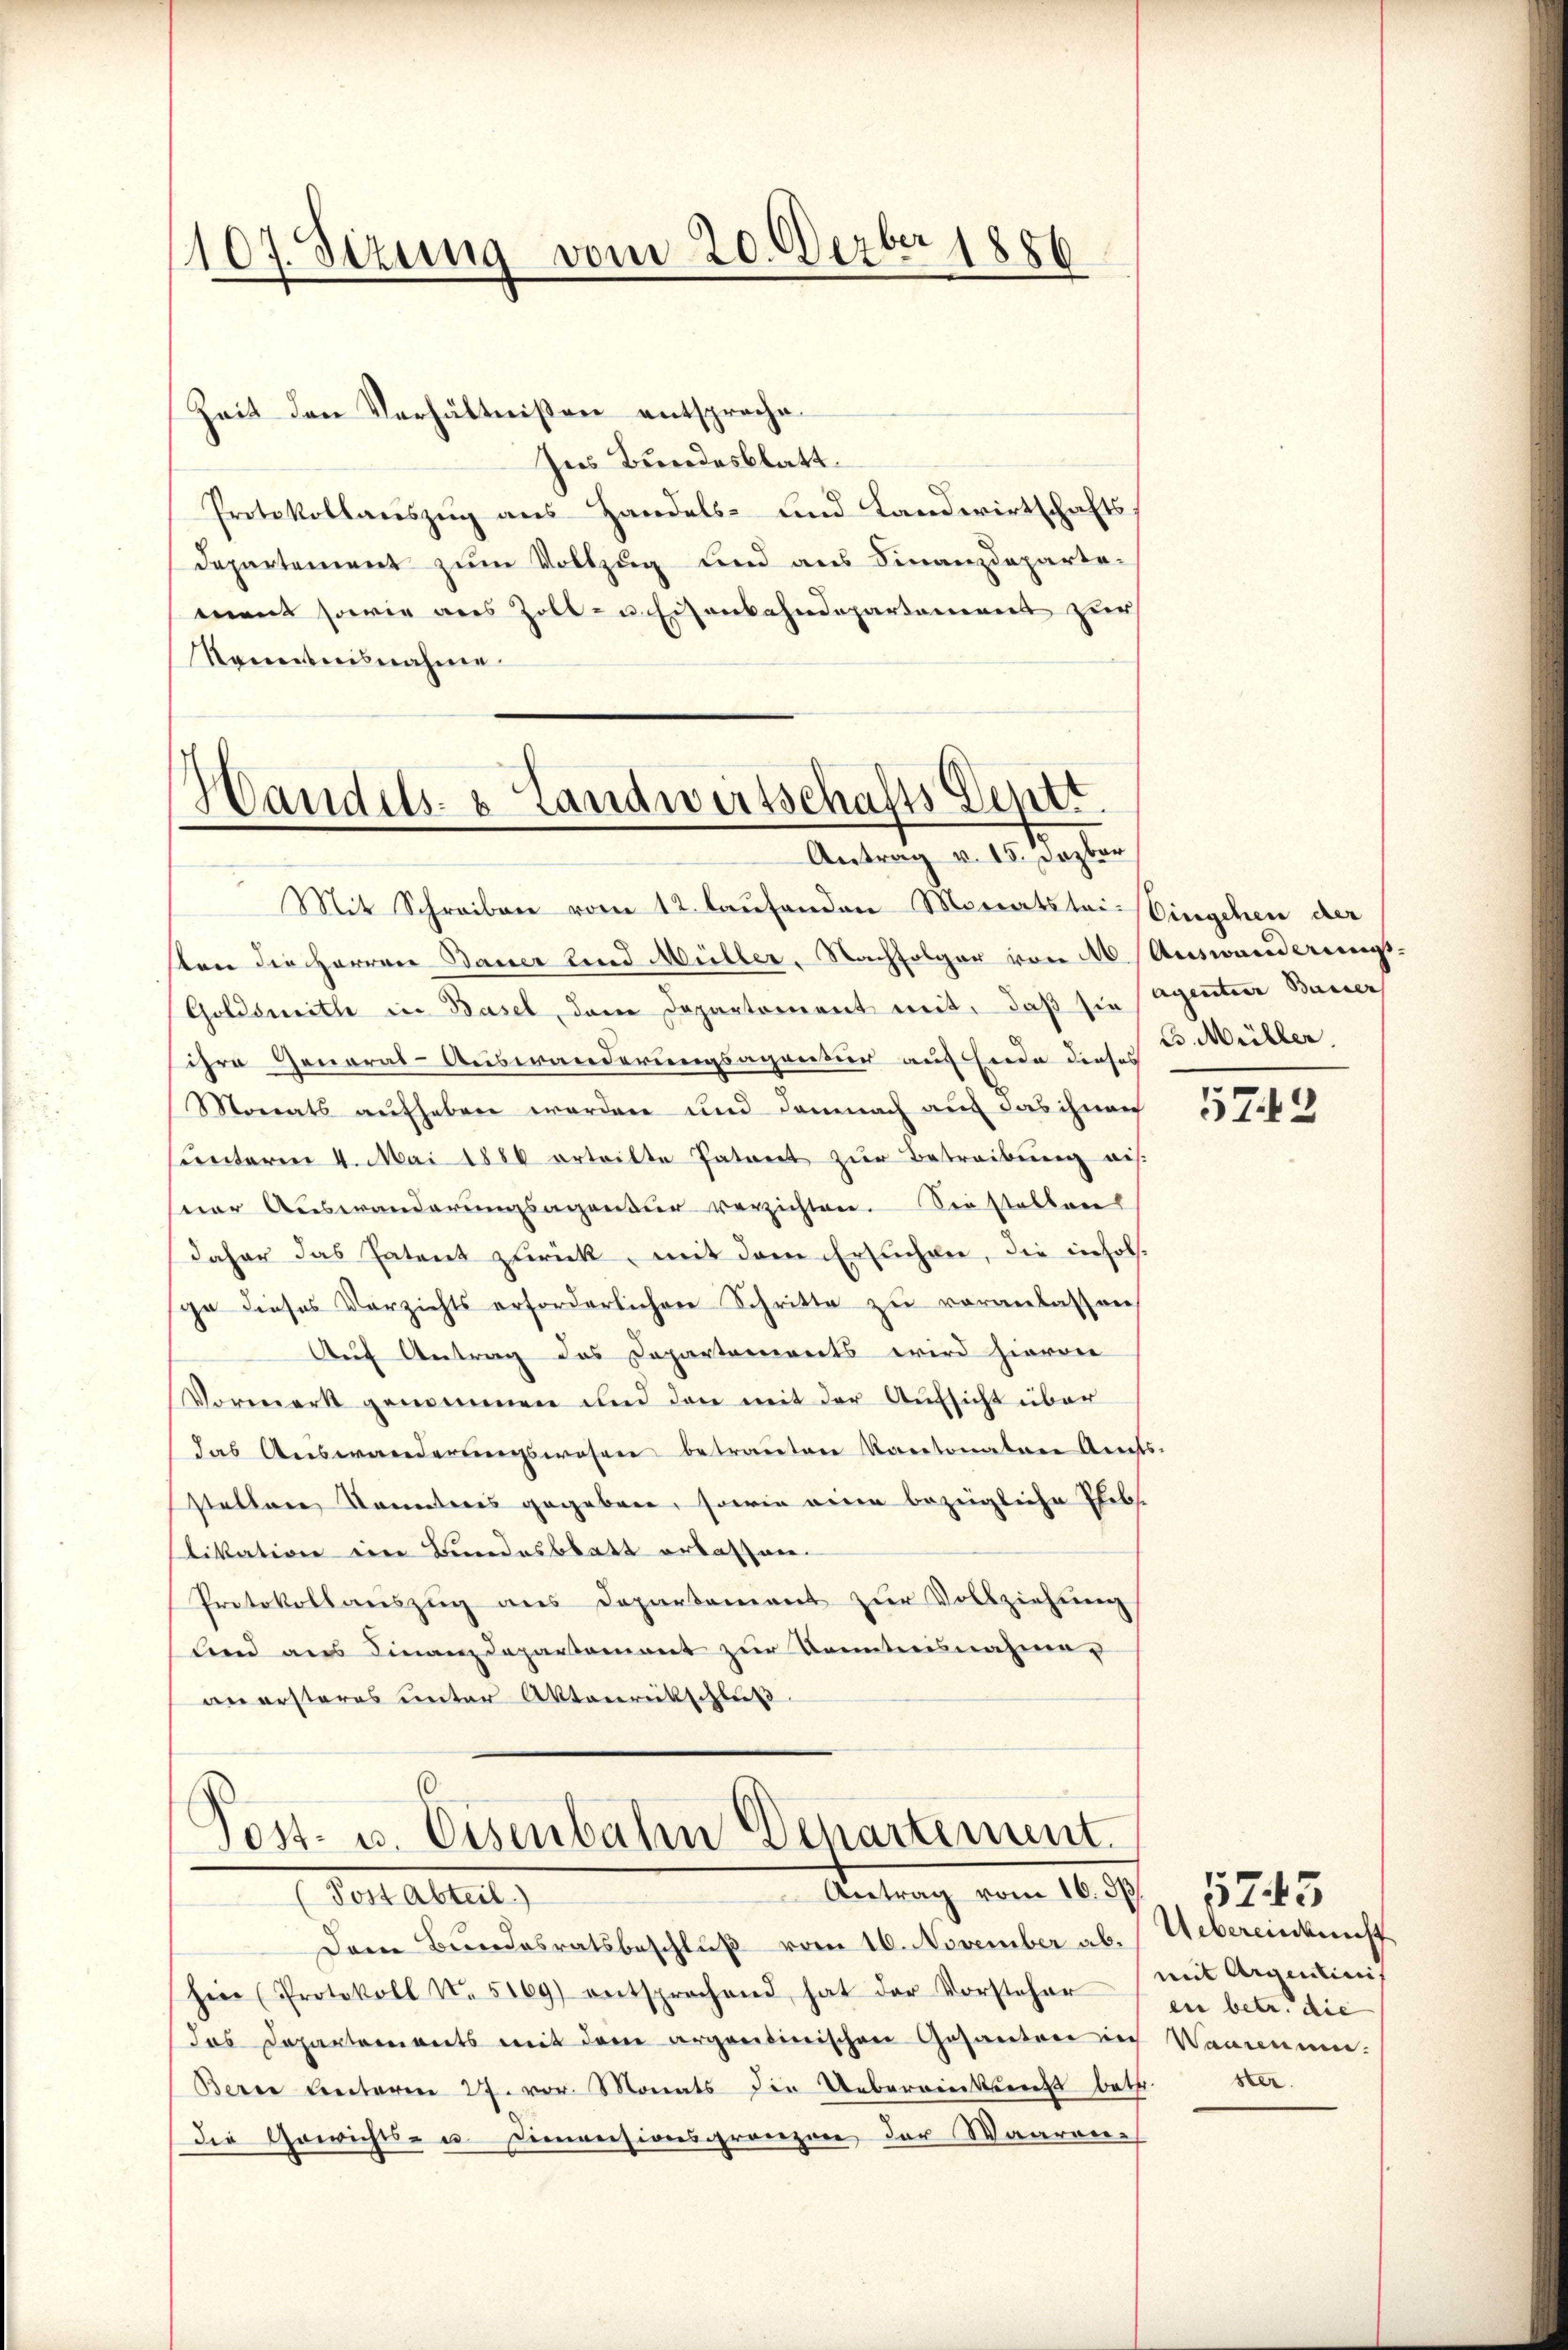
1107. Sizung vom 20. Derber 1856

Zeit den Verhältnissen entsproche
Ins Bundesblatt.
Protokollauszug aus Handels- und Landwirtschafts¬
Departement zum Vollzug und aus Finanzdepartement sowie aus Zoll- u Eisenbahndepartement zur
Kenntnisnahme

Handels- & Landwirtschafts Deptr.
Antrag v. 15. Dazber

Mit Schreiben vom 12. laufenden Monatstei- Eingehen der
sten die Herren Bauer und Müller, Nachfolger von M. (Auswanderungs-
Goldswith in Basel, dem Departement mit, daß sie sagenter Basser
ihre General-Auswanderungsagentur aus Ende dieses
Monats aufheben worden und demnach auf das ihnen
sunterm 4. Mai 1886 erteilte Patent zŭr Betreibŭng aus
ner Auswanderungsagentur verzichten. Sie stellen
daher das Patent zurück, mit dem Ersuchen, die insol.
ge dieses Verzichts erforderlichen Schritte zu veranlassen
Auf Antrag das Departements wird hieraie
Vormerk genommen und den mit der Aufsicht über
das Auswanderungswesen betrauten Kartonalen Amts-
staltere Konnteres gegebene, sowie eine bezügliche Elibs.
likation eine Bundesblatt ertaffnen.
Protokollauszug aus Departement zur Vollziehung
lend aus Finanzdepartement zur Kenntnisnahmen
an ersteres unter Aktenrückschluß

Post- u. Eisenbahn Departement.
Antrag vom 16. dß
(Post Abteil)

Dem Bundesratsbeschluß vom 10. November ab.
hin (Protokoll N. 5169) entsprochend hat der Vorsteher
das Departements mit dem argentinischen Gesanden auch Waarenun-
Berne Lectoren 27. vor. Monats die Uebereinkreicht betr.
Die Gewichts- u Cimensionsgrenzen der Waaren-

B. Müller.

5743

Uebereinkunft
mit Argentinis
en betr. die
ster

5745